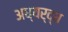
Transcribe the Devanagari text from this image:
अध्यर्द्ध